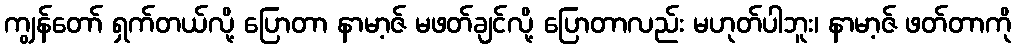
ကျွန်တော် ရှက်တယ်လို့ ပြောတာ နာမာ့ဇ် မဖတ်ချင်လို့ ပြောတာလည်း မဟုတ်ပါဘူး၊ နာမာ့ဇ် ဖတ်တာကို